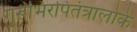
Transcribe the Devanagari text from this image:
गुरूभिरपितंत्रालोके